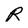
Character: R